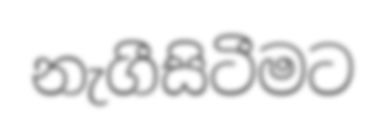
නැගීසිටීමට